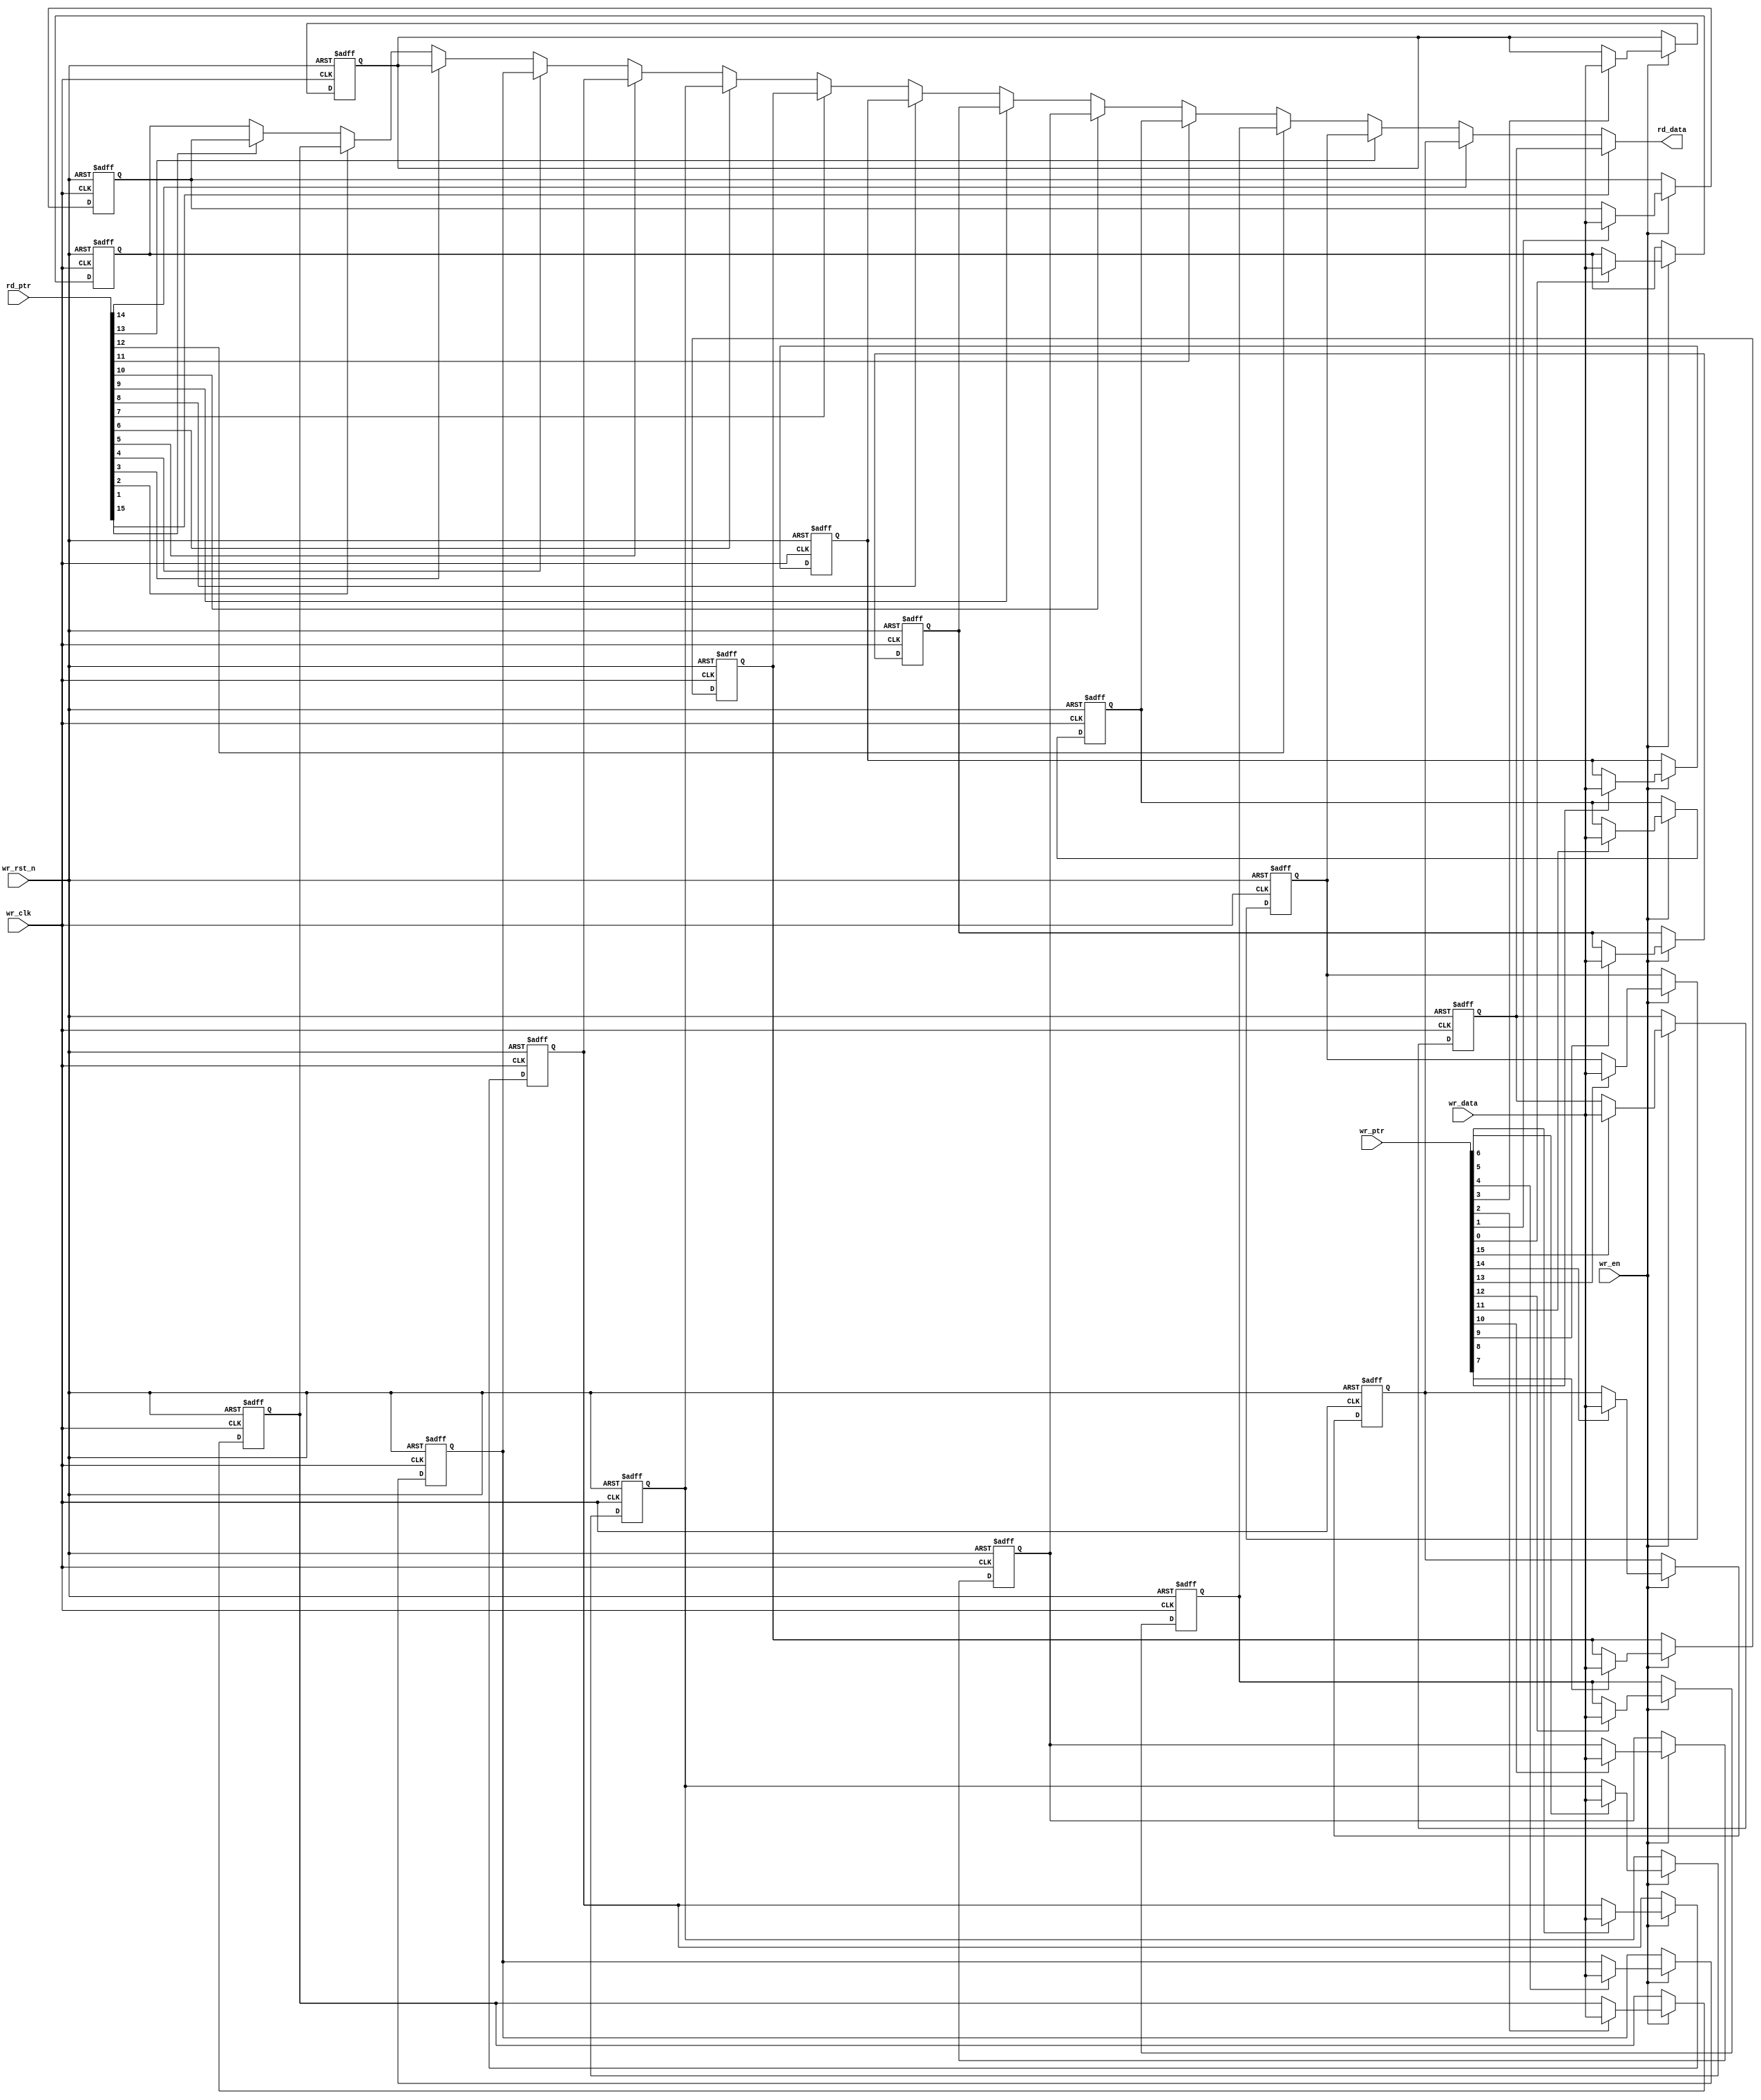
// This program was cloned from: https://github.com/chipsalliance/aib-phy-hardware
// License: Apache License 2.0

// SPDX-License-Identifier: Apache-2.0
// Copyright (C) 2019 Intel Corporation. 
module aib_adapttxdp_fifo_ram
  #(
    parameter DWIDTH = 'd80,             // FIFO Input data width 
    parameter DEPTH  = 'd16              // FIFO Depth 
    )
(
    input  wire                wr_clk,     // Write Domain Clock
    input  wire                wr_en,      // write enable
    input  wire		       wr_rst_n,   // Write Domain Reset 
    input  wire [DEPTH-1:0]    wr_ptr,     // Write Pointer
    input  wire [DWIDTH*4-1:0] wr_data,    // Write Data In
    input  wire [DEPTH-1:0]    rd_ptr,     // Read Pointer
    output reg  [DWIDTH*4-1:0] rd_data   // Read Data

);

   //********************************************************************
   // Infer Memory or use Dual Port Memory from Quartus/ASIC Memory
   //********************************************************************
   
   integer		m;
   integer		i;
   reg [DWIDTH*4-1:0]   fifo_mem [DEPTH-1:0];
   
   always @(negedge wr_rst_n or posedge wr_clk) begin
      if (~wr_rst_n) begin
         for (m='d0; m<=(DEPTH-1'b1); m=m+1'b1)
            fifo_mem[m] <= 'd0;	
      end 
      else if (wr_en) begin
         for (m='d0; m<=(DEPTH-1'b1); m=m+1'b1) begin
           if (wr_ptr[m]) begin
             fifo_mem[m] <= wr_data;
           end  
         end   
      end
   end
   
//assign rd_data = fifo_mem[rd_ptr];

  always @ *
    begin: data_out 
      rd_data = fifo_mem[0];
      for (i='d0; i<=(DEPTH-1'b1); i=i+1'b1) begin
        if (rd_ptr[i]) begin
          rd_data = fifo_mem[i];
      end       
    end   
  end 


endmodule